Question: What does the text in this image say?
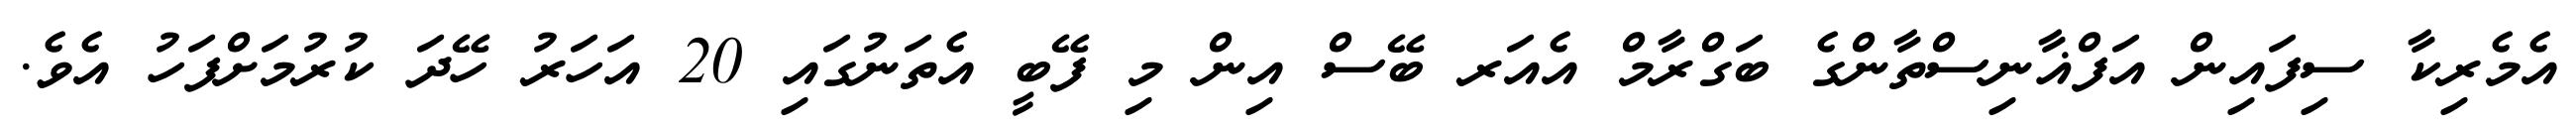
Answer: އެމެރިކާ ސިފައިން އަފްޣާނިސްތާންގެ ބަގްރާމް އެއަރ ބޭސް އިން މި ފޭބީ އެތަނުގައި 20 އަހަރު ހޭދަ ކުރުމަށްފަހު އެވެ.